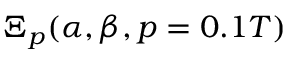
\Xi _ { p } ( \alpha , \beta , p = 0 . 1 T )